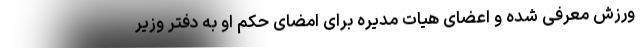
ورزش معرفی شده و اعضای هیات مدیره برای امضای حکم او به دفتر وزیر